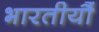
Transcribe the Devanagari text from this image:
भारतीयौं